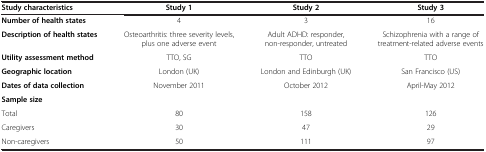
| Study characteristics | Study 1 | Study 2 | Study 3 |
 | --- | --- | --- | --- |
 | Number of health states | 4 | 3 | 16 |
 | Description of health states | Osteoarthritis: three severity levels, plus one adverse event | Adult ADHD: responder, non-responder, untreated | Schizophrenia with a range of treatment-related adverse events |
 | Utility assessment method | TTO, SG | TTO | TTO |
 | Geographic location | London (UK) | London and Edinburgh (UK) | San Francisco (US) |
 | Dates of data collection | November 2011 | October 2012 | April-May 2012 |
 | Sample size |  |  |  |
 | Total | 80 | 158 | 126 |
 | Caregivers | 30 | 47 | 29 |
 | Non-caregivers | 50 | 111 | 97 |